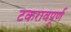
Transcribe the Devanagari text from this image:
टकरावपूर्ण